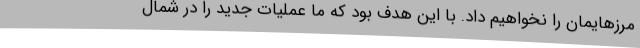
مرزهایمان را نخواهیم داد. با این هدف بود که ما عملیات جدید را در شمال